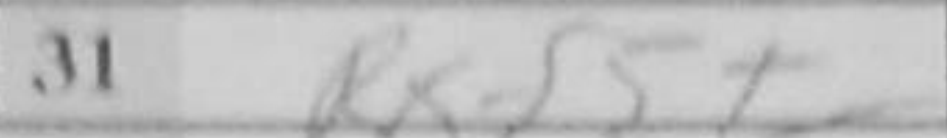
Transcription: Rxf5+